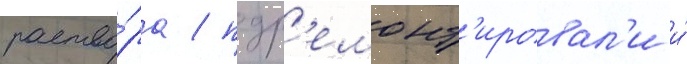
раство́ра / подр'емонт'ировал'и и́